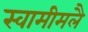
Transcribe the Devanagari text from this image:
स्वामीमलै